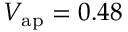
V _ { \mathrm { a p } } = 0 . 4 8